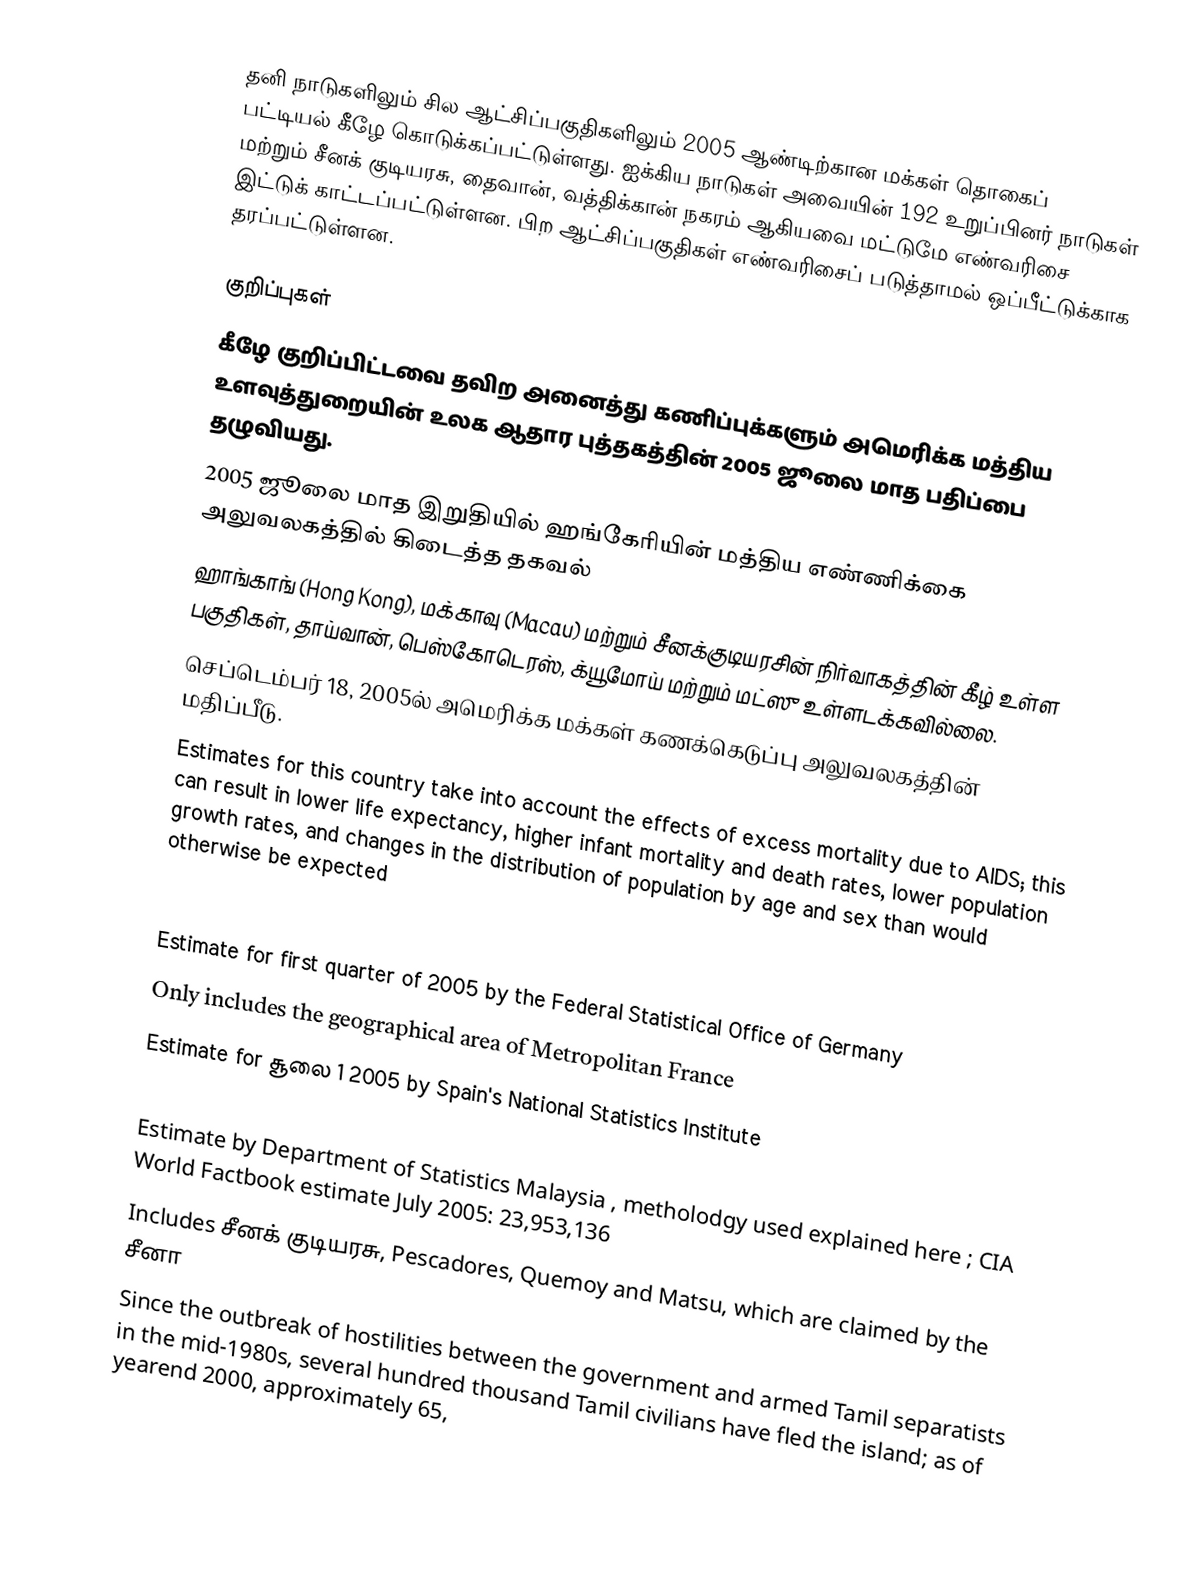
தனி நாடுகளிலும் சில ஆட்சிப்பகுதிகளிலும் 2005 ஆண்டிற்கான மக்கள் தொகைப் பட்டியல் கீழே கொடுக்கப்பட்டுள்ளது. ஐக்கிய நாடுகள் அவையின் 192 உறுப்பினர் நாடுகள் மற்றும் சீனக் குடியரசு, தைவான், வத்திக்கான் நகரம் ஆகியவை மட்டுமே எண்வரிசை இட்டுக் காட்டப்பட்டுள்ளன. பிற ஆட்சிப்பகுதிகள் எண்வரிசைப் படுத்தாமல் ஒப்பீட்டுக்காக தரப்பட்டுள்ளன.

குறிப்புகள்
  கீழே குறிப்பிட்டவை தவிற அனைத்து கணிப்புக்களும் அமெரிக்க மத்திய உளவுத்துறையின் உலக ஆதார புத்தகத்தின் 2005 ஜூலை மாத பதிப்பை தழுவியது.
  2005 ஜூலை மாத இறுதியில் ஹங்கேரியின் மத்திய எண்ணிக்கை அலுவலகத்தில் கிடைத்த தகவல்
  ஹாங்காங் (Hong Kong), மக்காவு (Macau) மற்றும் சீனக்குடியரசின் நிர்வாகத்தின் கீழ் உள்ள பகுதிகள், தாய்வான், பெஸ்கோடெரஸ், க்யூமோய் மற்றும் மட்ஸு உள்ளடக்கவில்லை.
  செப்டெம்பர் 18, 2005ல் அமெரிக்க மக்கள் கணக்கெடுப்பு அலுவலகத்தின் மதிப்பீடு.
  Estimates for this country take into account the effects of excess mortality due to AIDS; this can result in lower life expectancy, higher infant mortality and death rates, lower population growth rates, and changes in the distribution of population by age and sex than would otherwise be expected
  Brazil took a count in August 2000, which reported a population of 169,799,170; that figure was about 3.3% lower than projections by the US Census Bureau, and is close to the implied underenumeration of 4.6% for the 1991 census
  Estimate for first quarter of 2005 by the Federal Statistical Office of Germany
  Only includes the geographical area of Metropolitan France
  Estimate for சூலை 1 2005 by Spain's National Statistics Institute
  Includes 5,576,076 non-nationals
  Estimate by Department of Statistics Malaysia , metholodgy used explained here  ; CIA World Factbook estimate July 2005: 23,953,136
  Includes சீனக் குடியரசு, Pescadores, Quemoy and Matsu, which are claimed by the சீனா
  Since the outbreak of hostilities between the government and armed Tamil separatists in the mid-1980s, several hundred thousand Tamil civilians have fled the island; as of yearend 2000, approximately 65,